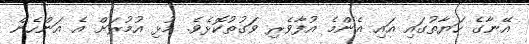
އޭނާގެ ހަޔާތުގައި އައި އެންމެ އުފާވެރި ވަގުތުކޮޅެވެ. މުޅި އުމުރަށް އެ އަންހެން